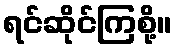
ရင်ဆိုင်ကြစို့။